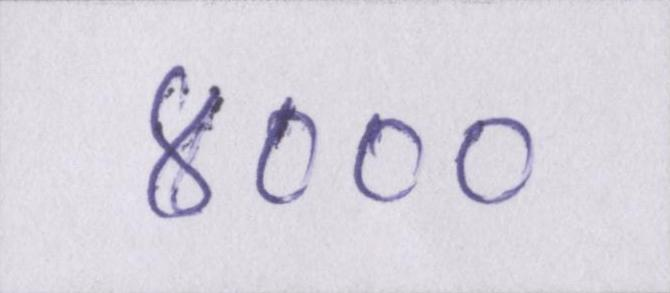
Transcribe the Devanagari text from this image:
४०००